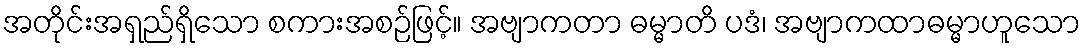
အတိုင်းအရှည်ရှိသော စကားအစဉ်ဖြင့်။ အဗျာကတာ ဓမ္မာတိ ပဒံ၊ အဗျာကထာဓမ္မာဟူသော